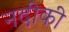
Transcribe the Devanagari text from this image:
नदीकी